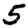
Digit: 5